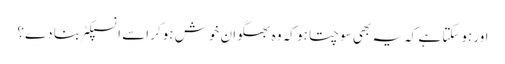
اور ہوسکتا ہے کہ یہ بھی سوچتا ہو کہ وہ بھگوان خوش ہوکر اسے انسپکٹر بنا دے؟